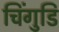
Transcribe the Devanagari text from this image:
चिंगुडि